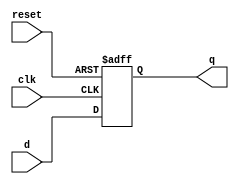
`timescale 1ns / 1ps
//////////////////////////////////////////////////////////////////////////////////
// Company: 
// Engineer: 
// 
// Design Name: 
// Module Name: D
// Project Name: 
// Target Devices: 
// Tool Versions: 
// Description: 
// 
// Dependencies: 
// 
// Revision:
// Revision 0.01 - File Created
// Additional Comments:
// 
//////////////////////////////////////////////////////////////////////////////////


module D(
    input clk,
    input reset,
    input d,
    output reg q
    );
    always @(posedge clk or posedge reset)
    begin
        if(reset) q<=0;
        else q<=d;
    end
endmodule